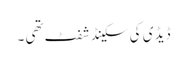
ڈیڈ ی کی سکینڈ شفٹ تھی ۔